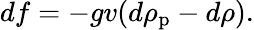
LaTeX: df=-gv(d\rho_{\mathrm{p}}-d\rho).